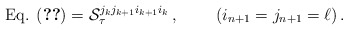
\begin{align*}\mbox{Eq. (\ref{gn-2})} = {\cal S}_\tau^{j_k j_{k + 1} i_{k + 1} i_k} \, , \;\;\;\;\;\;\;\; (i_{n + 1} = j_{n + 1} = \ell) \, .\end{align*}